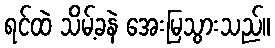
ရင်ထဲ သိမ့်ခနဲ အေးမြသွားသည်။